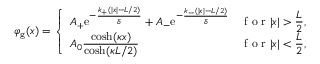
\varphi _ { \mathrm { g } } ( x ) = \left\{ \begin{array} { l l } { \displaystyle A _ { + } \mathrm { e } ^ { - \frac { k _ { + } ( | x | - L / 2 ) } { \delta } } + A _ { - } \mathrm { e } ^ { - \frac { k _ { - } ( | x | - L / 2 ) } { \delta } } } & { \displaystyle \textrm { f o r } | x | > \frac { L } { 2 } , } \\ { \displaystyle A _ { 0 } \frac { \cosh ( \kappa x ) } { \cosh ( \kappa L / 2 ) } } & { \displaystyle \textrm { f o r } | x | < \frac { L } { 2 } , } \end{array} \right.